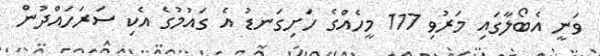
ވަނީ އެބޯލާގައި މަރުވި 117 މީހެއްގެ ހަށިގަނޑު އެ ގައުމުގެ އެކި ސަރަހައްދުން